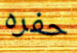
حفره